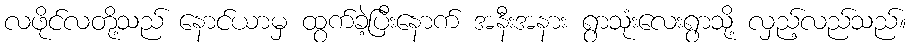
လဖိုင်လတို့သည် နောင်ယာမှ ထွက်ခဲ့ပြီးနောက် အနီးအနား ရွာသုံးလေးရွာသို့ လှည့်လည်သည်။